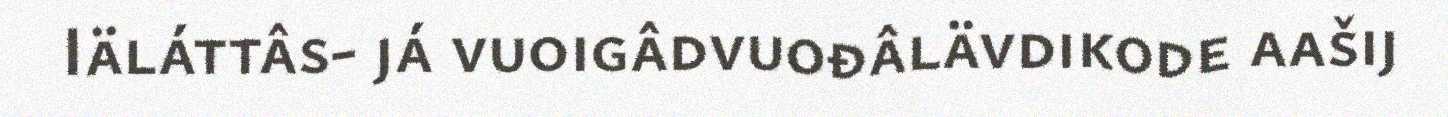
Iäláttâs- já vuoigâdvuođâlävdikode aašij